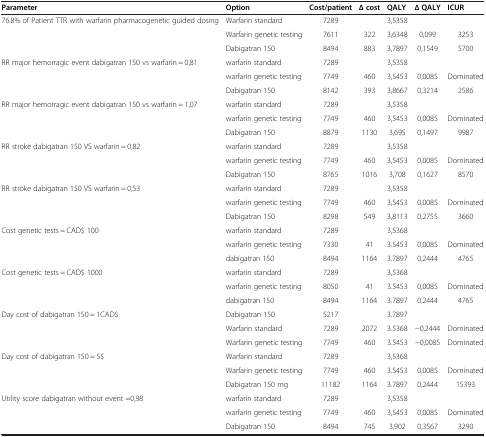
<table><thead><tr><td><b>Parameter</b></td><td><b>Option</b></td><td><b>Cost/patient</b></td><td><b>∆ cost</b></td><td><b>QALY</b></td><td><b>∆ QALY</b></td><td><b>ICUR</b></td></tr></thead><tbody><tr><td rowspan="3">76.8% of Patient TTR with warfarin pharmacogenetic guided dosing</td><td>Warfarin standard</td><td>7289</td><td> </td><td>3,5358</td><td> </td><td> </td></tr><tr><td>Warfarin genetic testing</td><td>7611</td><td>322</td><td>3,6348</td><td>0,099</td><td>3253</td></tr><tr><td>Dabigatran 150</td><td>8494</td><td>883</td><td>3,7897</td><td>0,1549</td><td>5700</td></tr><tr><td rowspan="3">RR major hemorragic event dabigatran 150 vs warfarin = 0,81</td><td>warfarin standard</td><td>7289</td><td> </td><td>3,5358</td><td> </td><td> </td></tr><tr><td>warfarin genetic testing</td><td>7749</td><td>460</td><td>3,5453</td><td>0,0085</td><td>Dominated</td></tr><tr><td>Dabigatran 150</td><td>8142</td><td>393</td><td>3,8667</td><td>0,3214</td><td>2586</td></tr><tr><td rowspan="3">RR major hemorragic event dabigatran 150 vs warfarin = 1,07</td><td>warfarin standard</td><td>7289</td><td> </td><td>3,5358</td><td> </td><td> </td></tr><tr><td>warfarin genetic testing</td><td>7749</td><td>460</td><td>3,5453</td><td>0,0085</td><td>Dominated</td></tr><tr><td>Dabigatran 150</td><td>8879</td><td>1130</td><td>3,695</td><td>0,1497</td><td>9987</td></tr><tr><td rowspan="3">RR stroke dabigatran 150 VS warfarin = 0,82</td><td>warfarin standard</td><td>7289</td><td> </td><td>3,5358</td><td> </td><td> </td></tr><tr><td>warfarin genetic testing</td><td>7749</td><td>460</td><td>3,5453</td><td>0,0085</td><td>Dominated</td></tr><tr><td>Dabigatran 150</td><td>8765</td><td>1016</td><td>3,708</td><td>0,1627</td><td>8570</td></tr><tr><td rowspan="3">RR stroke dabigatran 150 VS warfarin = 0,53</td><td>warfarin standard</td><td>7289</td><td> </td><td>3,5358</td><td> </td><td> </td></tr><tr><td>warfarin genetic testing</td><td>7749</td><td>460</td><td>3,5453</td><td>0,0085</td><td>Dominated</td></tr><tr><td>Dabigatran 150</td><td>8298</td><td>549</td><td>3,8113</td><td>0,2755</td><td>3660</td></tr><tr><td rowspan="3">Cost genetic tests = CAD$ 100</td><td>warfarin standard</td><td>7289</td><td> </td><td>3,5368</td><td> </td><td> </td></tr><tr><td>warfarin genetic testing</td><td>7330</td><td>41</td><td>3.5453</td><td>0,0085</td><td>Dominated</td></tr><tr><td>dabigatran 150</td><td>8494</td><td>1164</td><td>3.7897</td><td>0,2444</td><td>4765</td></tr><tr><td rowspan="3">Cost genetic tests = CAD$ 1000</td><td>warfarin standard</td><td>7289</td><td> </td><td>3,5368</td><td> </td><td> </td></tr><tr><td>warfarin genetic testing</td><td>8050</td><td>41</td><td>3.5453</td><td>0,0085</td><td>Dominated</td></tr><tr><td>dabigatran 150</td><td>8494</td><td>1164</td><td>3.7897</td><td>0,2444</td><td>4765</td></tr><tr><td rowspan="3">Day cost of dabigatran 150 = 1CAD$</td><td>Dabigatran 150</td><td>5217</td><td> </td><td>3.7897</td><td> </td><td> </td></tr><tr><td>Warfarin standard</td><td>7289</td><td>2072</td><td>3.5368</td><td>−0,2444</td><td>Dominated</td></tr><tr><td>Warfarin genetic testing</td><td>7749</td><td>460</td><td>3.5453</td><td>−0,0085</td><td>Dominated</td></tr><tr><td rowspan="3">Day cost of dabigatran 150 = 5$</td><td>Warfarin standard</td><td>7289</td><td> </td><td>3,5368</td><td> </td><td> </td></tr><tr><td>Warfarin genetic testing</td><td>7749</td><td>460</td><td>3.5453</td><td>0,0085</td><td>Dominated</td></tr><tr><td>Dabigatran 150 mg</td><td>11182</td><td>1164</td><td>3.7897</td><td>0,2444</td><td>15393</td></tr><tr><td>Utility score dabigatran without event =0,98</td><td>warfarin standard</td><td>7289</td><td> </td><td>3,5358</td><td> </td><td> </td></tr><tr><td> </td><td>warfarin genetic testing</td><td>7749</td><td>460</td><td>3,5453</td><td>0,0085</td><td>Dominated</td></tr><tr><td> </td><td>Dabigatran 150</td><td>8494</td><td>745</td><td>3,902</td><td>0,3567</td><td>3290</td></tr></tbody></table>